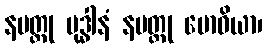
နမတ္ထု ဗုဒ္ဓါနံ နမတ္ထု ဗောဓိယာ၊